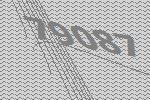
79087